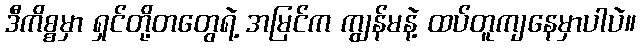
ဒီကိစ္စမှာ ရှင်တို့တတွေရဲ့ အမြင်က ကျွန်မနဲ့ ထပ်တူကျနေမှာပါပဲ။